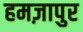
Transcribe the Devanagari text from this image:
हमज़ापुर